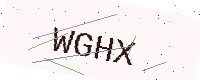
Text: WGHX